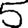
Digit: 5